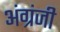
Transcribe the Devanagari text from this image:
अंग्रंजी